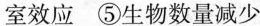
室效应 ⑤生物数量减少